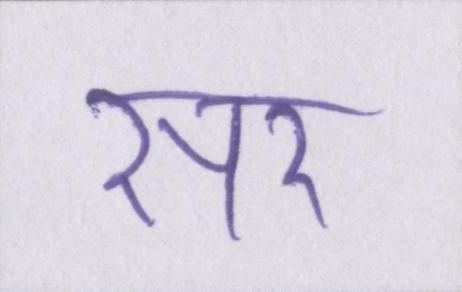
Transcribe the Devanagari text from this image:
सर